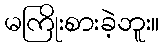
မကြိုးစားခဲ့ဘူး။